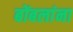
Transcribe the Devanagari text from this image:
बोंबलांना